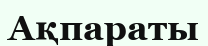
Ақпараты